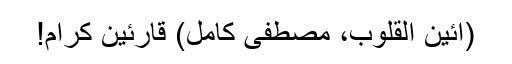
(آئین القلوب، مصطفیٰ کامل) قارئین کرام!